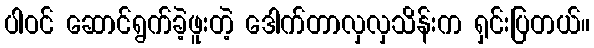
ပါဝင် ဆောင်ရွက်ခဲ့ဖူးတဲ့ ဒေါက်တာလှလှသိန်းက ရှင်းပြတယ်။